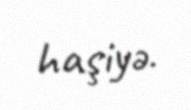
haşiyə.